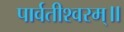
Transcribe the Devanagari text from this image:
पार्वतीश्वरम्॥